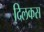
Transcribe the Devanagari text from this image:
दिलकस